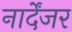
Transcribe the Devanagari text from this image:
नार्देंजर